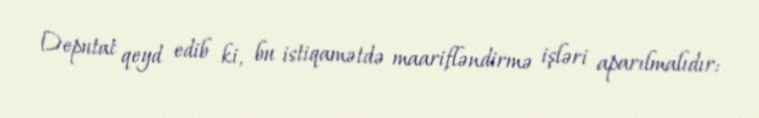
Deputat qeyd edib ki, bu istiqamətdə maarifləndirmə işləri aparılmalıdır: